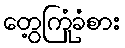
တွေ့ကြုံခံစား